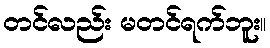
တင်လည်း မတင်ရက်ဘူး။